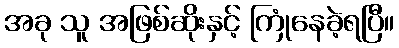
အခု သူ အဖြစ်ဆိုးနှင့် ကြုံနေခဲ့ရပြီ။